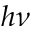
h \nu